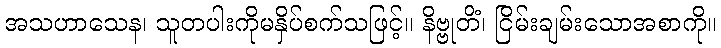
အသဟာသေန၊ သူတပါးကိုမနှိပ်စက်သဖြင့်။ နိဗ္ဗုတိံ၊ ငြိမ်းချမ်းသောအစာကို။